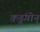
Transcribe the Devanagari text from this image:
कड्डंगोन्